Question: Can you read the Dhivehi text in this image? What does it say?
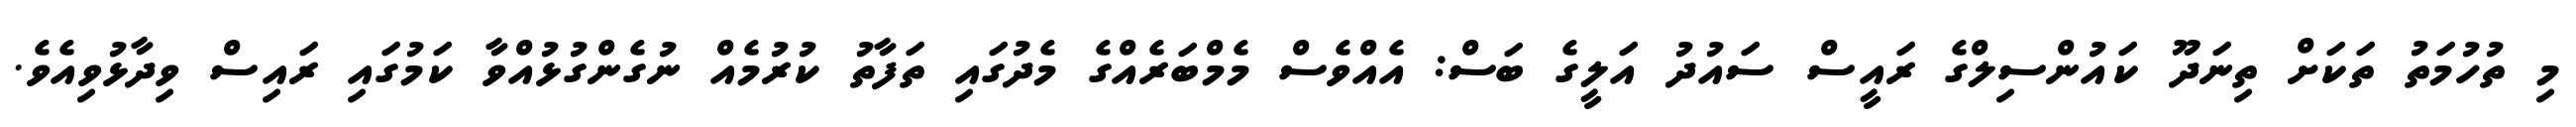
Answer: މި ތުހުމަތު ތަކަށް ތިނަދޫ ކައުންސިލްގެ ރައީސް ސައުދު އަލީގެ ބަސް: އެއްވެސް މެމްބަރެއްގެ މެދުގައި ތަފާތު ކުރުމެއް ނުގެންގުޅުއްވާ ކަމުގައި ރައިސް ވިދާޅުވިއެވެ.